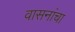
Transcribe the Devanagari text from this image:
वासनांचा